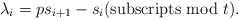
\begin{align*}\lambda_{i} = ps_{i+1} - s_{i} \hbox{(subscripts mod $t$)}.\end{align*}